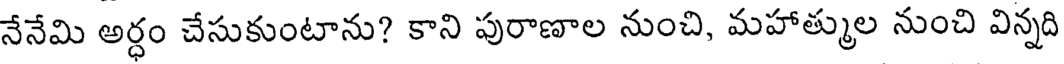
నేనేమి అర్ధం చేసుకుంటాను? కాని పురాణాల నుంచి, మహాత్ముల నుంచి విన్నది